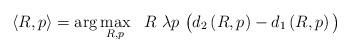
LaTeX: \begin{align*} \langle R,p\rangle=\arg \max_{R,p}~~R~\lambda p~\big(d_2\left(R,p\right)- d_1\left(R,p\right)\big)\end{align*}